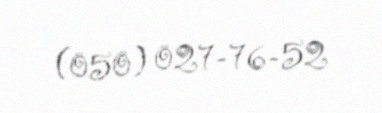
(050) 027-76-52